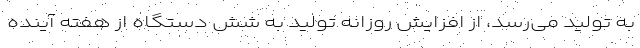
به تولید می‌رسد، از افزایش روزانه تولید به شش دستگاه از هفته آینده